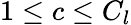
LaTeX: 1\le c\le C_{l}